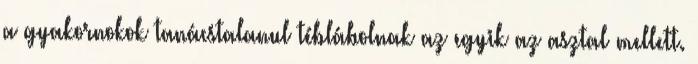
a gyakornokok tanácstalanul téblábolnak az egyik az asztal mellett.